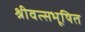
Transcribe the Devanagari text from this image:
श्रीवत्सभूषित